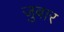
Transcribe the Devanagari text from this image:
जुबार